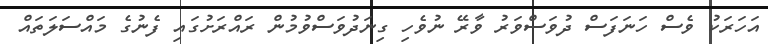
އަހަރަކު ވެސް ހަނަފަސް ދުވަސްވަރު ވާރޭ ނުވެހި ގިނަދުވަސްވުމުން ރައްރަށުގައި ފެނުގެ މައްސަލަތައް